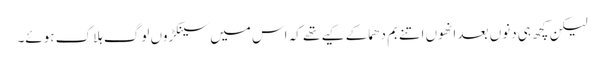
لیکن کچھ ہی دنوں بعد انھوں اتنے بم دھماکے کیے تھے کہ اس میں سینکڑوں لوگ ہلاک ہوئے۔